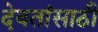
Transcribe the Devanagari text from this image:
देवतांसाठी